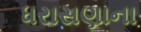
ધરાસણાના